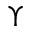
\Upsilon